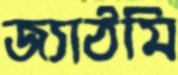
জ্যাঠমি